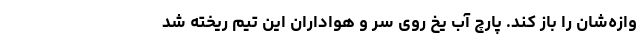
وازه‌شان را باز کند. پارچ آب یخ روی سر و هواداران این تیم ریخته شد